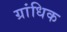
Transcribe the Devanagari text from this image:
ग्रांधिक